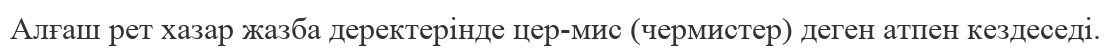
Алғаш рет хазар жазба деректерінде цер-мис (чермистер) деген атпен кездеседі.